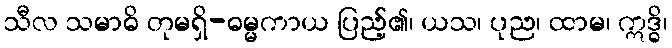
သီလ သမာဓိ တုမရှိ-ဓမ္မကာယ ပြည့်၏၊ ယသ၊ ပုည၊ ထာမ၊ ဣဒ္ဓိ၊